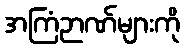
အကြံဉာဏ်များကို